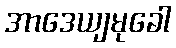
အာဒေယျမုခေါ